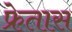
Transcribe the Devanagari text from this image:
फ्रेतास